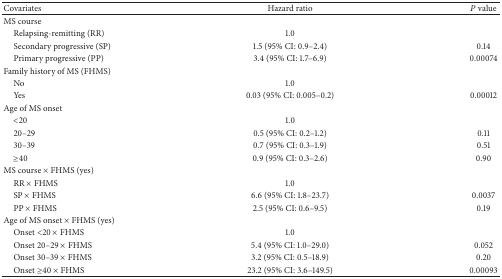
<table><thead><tr><td><b>Covariates</b></td><td><b>Hazard ratio</b></td><td><b><i>P</i> value</b></td></tr></thead><tbody><tr><td>MS course</td><td> </td><td> </td></tr><tr><td> Relapsing-remitting (RR)</td><td>1.0</td><td> </td></tr><tr><td> Secondary progressive (SP)</td><td>1.5 (95% CI: 0.9–2.4)</td><td>0.14</td></tr><tr><td> Primary progressive (PP)</td><td>3.4 (95% CI: 1.7–6.9) </td><td>0.00074</td></tr><tr><td>Family history of MS (FHMS)</td><td> </td><td> </td></tr><tr><td> No</td><td>1.0</td><td> </td></tr><tr><td> Yes</td><td>0.03 (95% CI: 0.005–0.2)</td><td>0.00012</td></tr><tr><td>Age of MS onset </td><td> </td><td> </td></tr><tr><td> &lt;20</td><td>1.0</td><td> </td></tr><tr><td> 20–29</td><td>0.5 (95% CI: 0.2–1.2)</td><td>0.11</td></tr><tr><td> 30–39</td><td>0.7 (95% CI: 0.3–1.9)</td><td>0.51</td></tr><tr><td> ≥40</td><td>0.9 (95% CI: 0.3–2.6)</td><td>0.90</td></tr><tr><td>MS course × FHMS (yes)</td><td> </td><td> </td></tr><tr><td> RR × FHMS</td><td>1.0</td><td> </td></tr><tr><td> SP × FHMS</td><td>6.6 (95% CI: 1.8–23.7)</td><td>0.0037</td></tr><tr><td> PP × FHMS</td><td>2.5 (95% CI: 0.6–9.5)</td><td>0.19</td></tr><tr><td>Age of MS onset × FHMS (yes)</td><td> </td><td> </td></tr><tr><td> Onset &lt;20 × FHMS</td><td>1.0</td><td> </td></tr><tr><td> Onset 20–29 × FHMS</td><td>5.4 (95% CI: 1.0–29.0)</td><td>0.052</td></tr><tr><td> Onset 30–39 × FHMS</td><td>3.2 (95% CI: 0.5–18.9)</td><td>0.20</td></tr><tr><td> Onset ≥40 × FHMS</td><td>23.2 (95% CI: 3.6–149.5)</td><td>0.00093</td></tr></tbody></table>